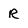
Character: R